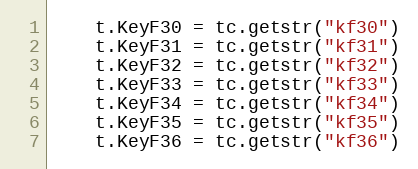
Language: Go
	t.KeyF30 = tc.getstr("kf30")
	t.KeyF31 = tc.getstr("kf31")
	t.KeyF32 = tc.getstr("kf32")
	t.KeyF33 = tc.getstr("kf33")
	t.KeyF34 = tc.getstr("kf34")
	t.KeyF35 = tc.getstr("kf35")
	t.KeyF36 = tc.getstr("kf36")